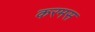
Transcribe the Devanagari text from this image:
करमस